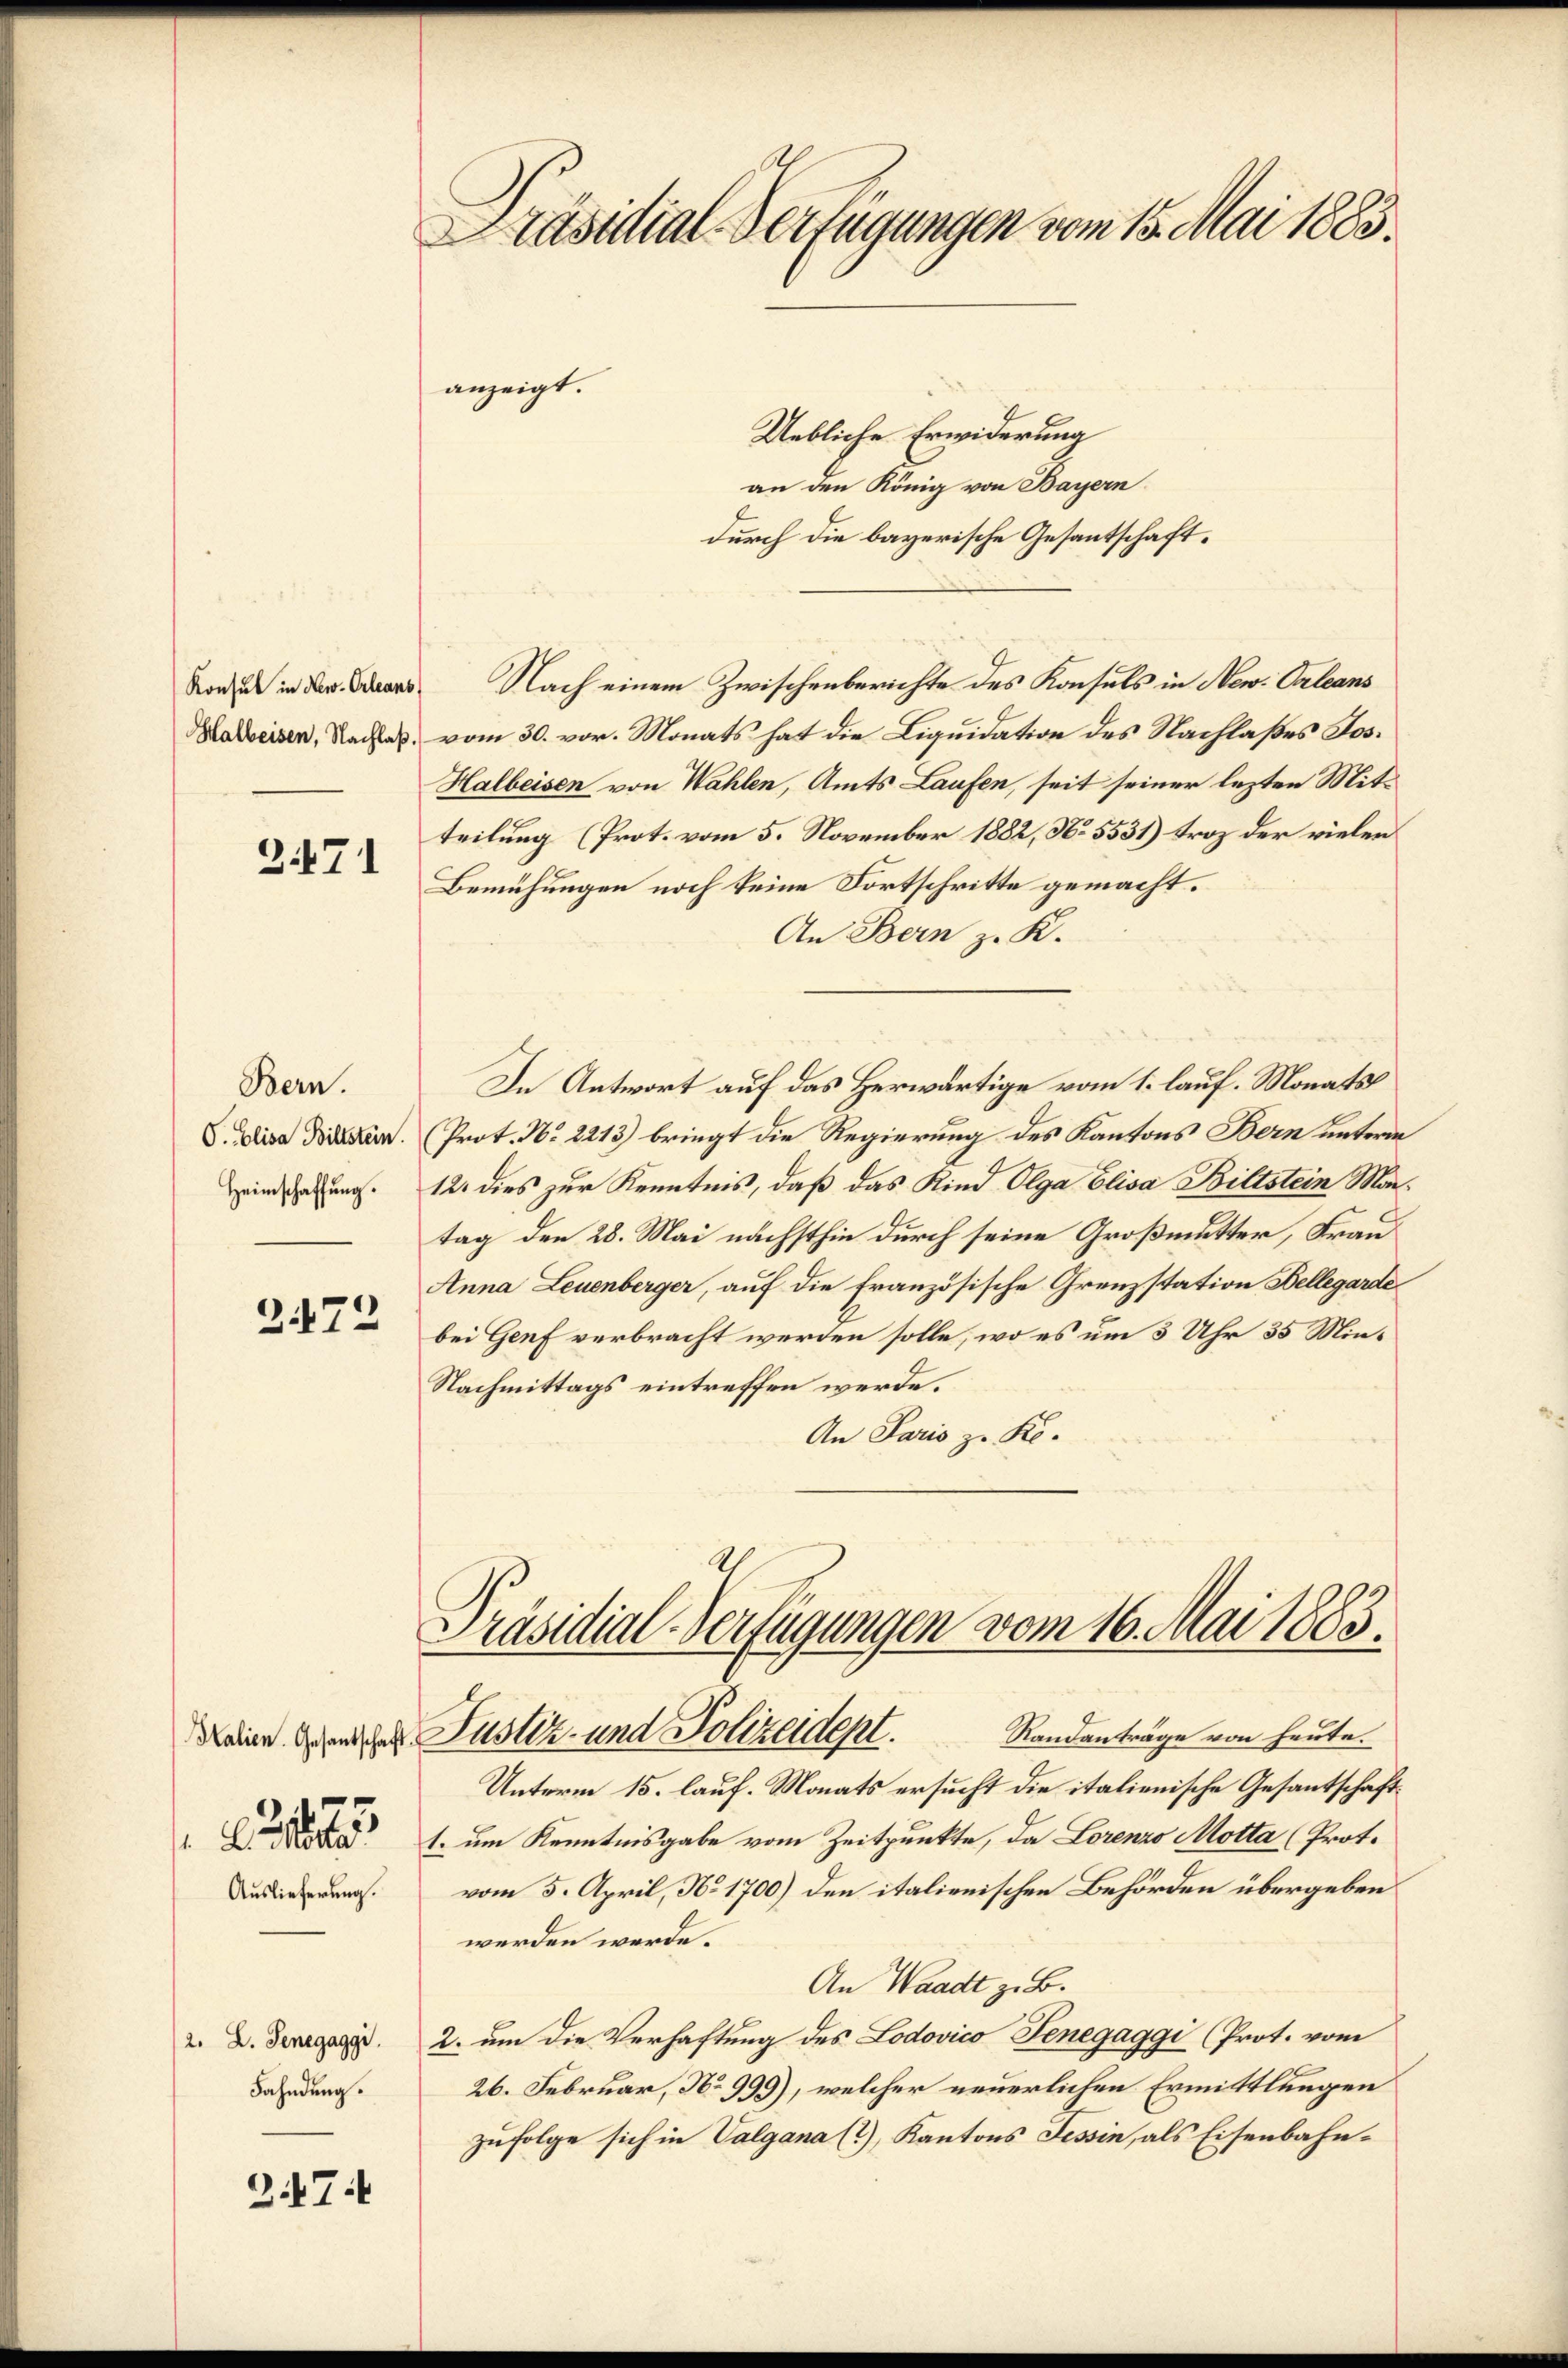
Konsul in New-Orleans
Halbeisen, Nachlaß

2.471

Bern.
O. Elisa Billstein.
Heimschaffung.

.
72

A
Auslieferung.

2. L. Genegaggi.
Fahndung.

3.7.1

Präsidial-Verfügungen vom 15. Mai 1883.
anzeigt.
Uebliche Erwiderung
an den König von Bayern

durch die bayerische Gesantschaft.
Nach einem Zwischenberichte des Konsuls in Now. Calcans
vom 30. vor. Monats hat die Liquidation des Nachlaßes Jos.
Halbeisen von Wahlen, Amts Laufen, seit seiner lezten Mitteilung (Prot. vom 5. November 1882, No 5531) troz der vielen
Bemühungen noch keine Fortschritte gemacht.
An Bern z. K.
In Antwort auf das Herwärtige vom 1. lauf. Monats
Prot. No 2213) bringt die Regierung des Kantons Bern unterm
12. dies zur Kenntnis, daß das Kind Olga Elisa Bittstein Mortag den 28. Mai nächsthin durch seine Großmutter, Frau¬
Anna Leuenberger, auf die französische Grenzstation Bellegarde
bei Genf verbracht werden solle, wo es um 3 Uhr 35 Min¬
Nachmittags eintreffen werde.
An Paris z. Re

Präsidial-Verfügungen vom 16. Mai 1883.
Deine Grunder Justiz- und Polizeident. Randanträge von heute.

Unterm 15. lauf. Monats ersucht die italienische Gesandtschaft
1. um Kenntnisgabe vom Zeitpunkte, da Lorenzo Motta (Prot.
vom 5. April, No 1700) den italienischen Behörden übergeben
werden werde.
An Waadt z. B.
2. um die Verhaftung des Lodovico Tenegaggi (Prot. vom
26. Februar, No 999), welcher neuerlichen Ermittlungen
zufolge sich in Valgana (?), Kantons Tessin, als Eisenbahn¬